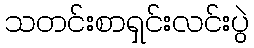
သတင်းစာရှင်းလင်းပွဲ